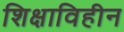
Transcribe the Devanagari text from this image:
शिक्षाविहीन